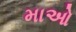
માઓ